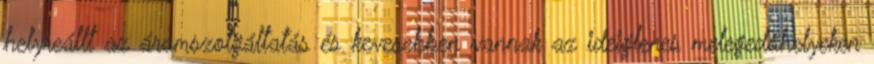
helyreállt az áramszolgáltatás és kevesebben vannak az ideiglenes melegedőhelyeken